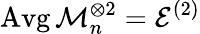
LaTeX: \operatorname{Avg}\mathcal{M}_{n}^{\otimes 2}=\mathcal{E}^{(2)}